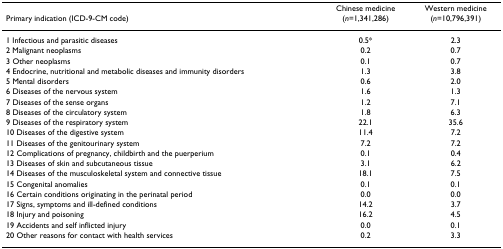
<table><thead><tr><td><b>Primary indication (ICD-9-CM code)</b></td><td><b>Chinese medicine (<i>n</i>=1,341,286)</b></td><td><b>Western medicine(<i>n</i>=10,796,391)</b></td></tr></thead><tbody><tr><td>1 Infectious and parasitic diseases</td><td>0.5*</td><td>2.3</td></tr><tr><td>2 Malignant neoplasms</td><td>0.2</td><td>0.7</td></tr><tr><td>3 Other neoplasms</td><td>0.1</td><td>0.7</td></tr><tr><td>4 Endocrine, nutritional and metabolic diseases and immunity disorders</td><td>1.3</td><td>3.8</td></tr><tr><td>5 Mental disorders</td><td>0.6</td><td>2.0</td></tr><tr><td>6 Diseases of the nervous system</td><td>1.6</td><td>1.3</td></tr><tr><td>7 Diseases of the sense organs</td><td>1.2</td><td>7.1</td></tr><tr><td>8 Diseases of the circulatory system</td><td>1.8</td><td>6.3</td></tr><tr><td>9 Diseases of the respiratory system</td><td>22.1</td><td>35.6</td></tr><tr><td>10 Diseases of the digestive system</td><td>11.4</td><td>7.2</td></tr><tr><td>11 Diseases of the genitourinary system</td><td>7.2</td><td>7.2</td></tr><tr><td>12 Complications of pregnancy, childbirth and the puerperium</td><td>0.1</td><td>0.4</td></tr><tr><td>13 Diseases of skin and subcutaneous tissue</td><td>3.1</td><td>6.2</td></tr><tr><td>14 Diseases of the musculoskeletal system and connective tissue</td><td>18.1</td><td>7.5</td></tr><tr><td>15 Congenital anomalies</td><td>0.1</td><td>0.1</td></tr><tr><td>16 Certain conditions originating in the perinatal period</td><td>0.0</td><td>0.0</td></tr><tr><td>17 Signs, symptoms and ill-defined conditions</td><td>14.2</td><td>3.7</td></tr><tr><td>18 Injury and poisoning</td><td>16.2</td><td>4.5</td></tr><tr><td>19 Accidents and self inflicted injury</td><td>0.0</td><td>0.1</td></tr><tr><td>20 Other reasons for contact with health services</td><td>0.2</td><td>3.3</td></tr></tbody></table>